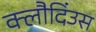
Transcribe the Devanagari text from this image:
क्लौदिंउस